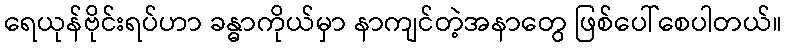
ရေယုန်ဗိုင်းရပ်ဟာ ခန္ဓာကိုယ်မှာ နာကျင်တဲ့အနာတွေ ဖြစ်ပေါ်စေပါတယ်။